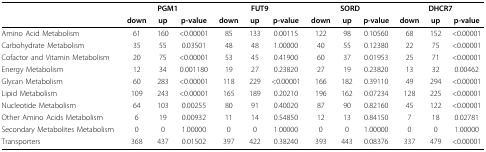
<table><thead><tr><td></td><td colspan="3"><b>PGM1</b></td><td colspan="3"><b>FUT9</b></td><td colspan="3"><b>SORD</b></td><td colspan="3"><b>DHCR7</b></td></tr><tr><td></td><td><b>down</b></td><td><b>up</b></td><td><b>p-value</b></td><td><b>down</b></td><td><b>up</b></td><td><b>p-value</b></td><td><b>down</b></td><td><b>up</b></td><td><b>p-value</b></td><td><b>down</b></td><td><b>up</b></td><td><b>p-value</b></td></tr></thead><tbody><tr><td>Amino Acid Metabolism</td><td>61</td><td>160</td><td>&lt;0.00001</td><td>85</td><td>133</td><td>0.00115</td><td>122</td><td>98</td><td>0.10560</td><td>68</td><td>152</td><td>&lt;0.00001</td></tr><tr><td>Carbohydrate Metabolism</td><td>35</td><td>55</td><td>0.03501</td><td>48</td><td>48</td><td>1.00000</td><td>40</td><td>55</td><td>0.12380</td><td>22</td><td>75</td><td>&lt;0.00001</td></tr><tr><td>Cofactor and Vitamin Metabolism</td><td>20</td><td>75</td><td>&lt;0.00001</td><td>53</td><td>45</td><td>0.41900</td><td>60</td><td>37</td><td>0.01953</td><td>25</td><td>71</td><td>&lt;0.00001</td></tr><tr><td>Energy Metabolism</td><td>12</td><td>34</td><td>0.001180</td><td>19</td><td>27</td><td>0.23820</td><td>27</td><td>19</td><td>0.23820</td><td>13</td><td>32</td><td>0.00462</td></tr><tr><td>Glycan Metabolism</td><td>60</td><td>283</td><td>&lt;0.00001</td><td>118</td><td>229</td><td>&lt;0.00001</td><td>166</td><td>182</td><td>0.39110</td><td>49</td><td>294</td><td>&lt;0.00001</td></tr><tr><td>Lipid Metabolism</td><td>109</td><td>243</td><td>&lt;0.00001</td><td>165</td><td>189</td><td>0.20210</td><td>196</td><td>162</td><td>0.07234</td><td>128</td><td>225</td><td>&lt;0.00001</td></tr><tr><td>Nucleotide Metabolism</td><td>64</td><td>103</td><td>0.00255</td><td>80</td><td>91</td><td>0.40020</td><td>87</td><td>90</td><td>0.82160</td><td>45</td><td>122</td><td>&lt;0.00001</td></tr><tr><td>Other Amino Acids Metabolism</td><td>6</td><td>19</td><td>0.00932</td><td>11</td><td>14</td><td>0.54850</td><td>12</td><td>13</td><td>0.84150</td><td>7</td><td>18</td><td>0.02781</td></tr><tr><td>Secondary Metabolites Metabolism</td><td>0</td><td>0</td><td>1.00000</td><td>0</td><td>0</td><td>1.00000</td><td>0</td><td>0</td><td>1.00000</td><td>0</td><td>0</td><td>1.00000</td></tr><tr><td>Transporters</td><td>368</td><td>437</td><td>0.01502</td><td>397</td><td>422</td><td>0.38240</td><td>393</td><td>443</td><td>0.08376</td><td>337</td><td>479</td><td>&lt;0.00001</td></tr></tbody></table>